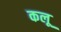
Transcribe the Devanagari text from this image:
कलू